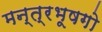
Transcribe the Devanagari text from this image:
मन्त्रभूषगो